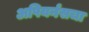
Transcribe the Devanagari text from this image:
अपियर्नसचा